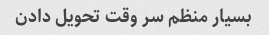
بسیار منظم سر وقت تحویل دادن